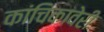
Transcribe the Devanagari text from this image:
कांचिकावेरी